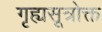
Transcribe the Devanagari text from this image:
गृह्यसूत्रोक्त